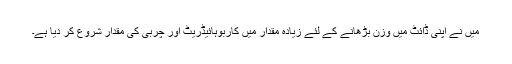
میں نے اپنی ڈائٹ میں وزن بڑھانے کے لئے زیادہ مقدار میں كاربوہائیڈریٹ اور چربی کی مقدار شروع کر دیا ہے۔